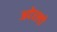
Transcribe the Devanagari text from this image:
अदेरल्दो